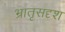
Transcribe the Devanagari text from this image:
भ्रातृसदृश